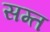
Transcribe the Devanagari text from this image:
सम्त